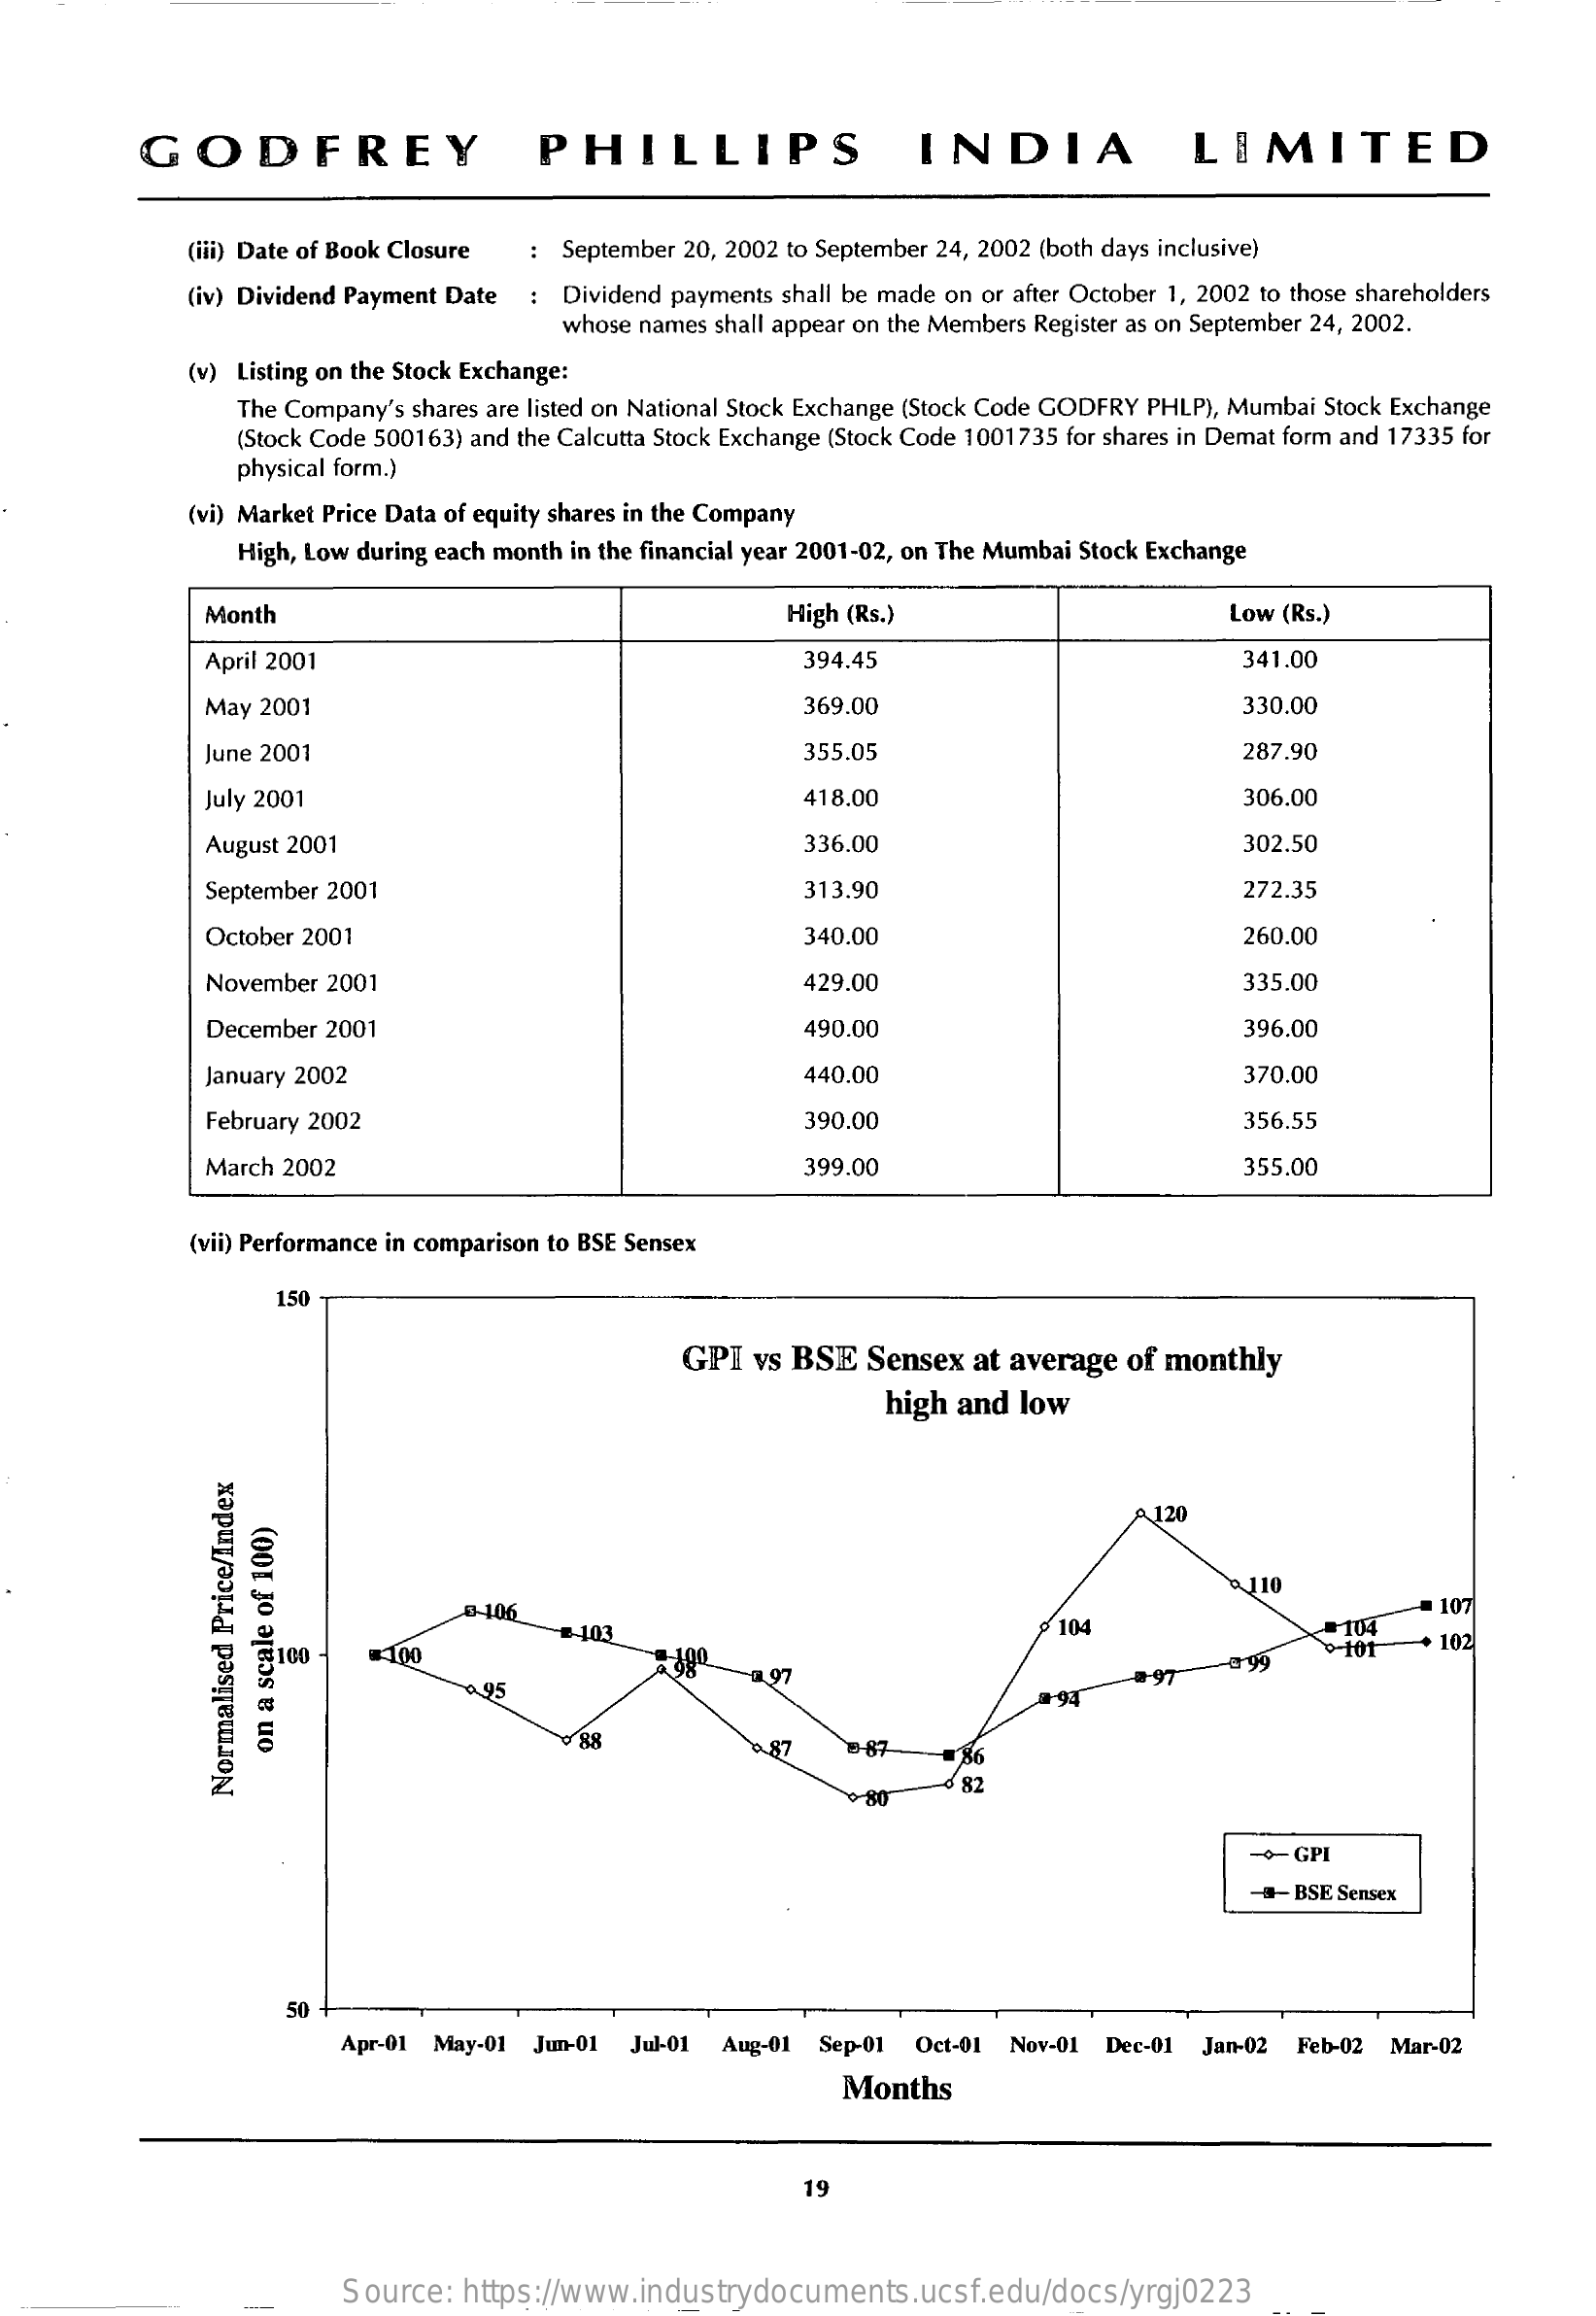
GODFREY    PHILLIPS    INDIA    LIMITED
     (iii) Date of Book Closure : September 20, 2002 to September 24, 2002 (both days inclusive)
     (iv) Dividend Payment Date : Dividend payments shall be made on or after October 1, 2002 to those shareholders
     whose names shall appear on the Members Register as on September 24, 2002.
     (v) Listing on the Stock Exchange:
     The Company's shares are listed on National Stock Exchange (Stock Code GODFRY PHLP), Mumbai Stock Exchange
     (Stock Code 500163) and the Calcutta Stock Exchange (Stock Code 1001735 for shares in Demat form and 17335 for
     physical form.)
     (vi) Market Price Data of equity shares in the Company
     High, Low during each month in the financial year 2001-02, on The Mumbai Stock Exchange
     Month    High (Rs.)    Low (Rs.)
     April 2001    394.45    341.00
     May 2001    369.00    330.00
     June 2001    355.05    287.90
     July 2001    418.00    306.00
     August 2001    336.00    302.50
     September 2001    313.90    272.35
     October 2001    340.00    260.00
     November 2001    429.00    335.00
     December 2001    490.00    396.00
     January 2002    440.00    370.00
     February 2002    390.00    356.55
     March 2002    399.00    355.00
     (vii) Performance in comparison to BSE Sensex
     150
     GPI  vs BSE  Sensex  at average of monthly
     high and low
     120
     0 110
     3-106
     -e 103    104    104
     = 107
     100    =100    101    102
     95    197
     94
     97
     -099
     88
     86
     on
     a
     scale
     of
     100)
     Normalised
     Price/Index
     -o- GPI
     #- BSE Sensex
     50
     Apr-01 May-01 Jun-01 Jul-01 Aug-01 Sep-01 Oct-01 Nov-01 Dec-01 Jan-02 Feb-02 Mar-02
     Months
     19
     Source:  https://www.industrydocuments.ucsf.edu/docs/yrgj0223